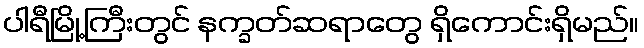
ပါရီမြို့ကြီးတွင် နက္ခတ်ဆရာတွေ ရှိကောင်းရှိမည်။